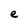
Character: e